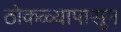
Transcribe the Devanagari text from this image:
ठोकळ्यापासुन